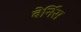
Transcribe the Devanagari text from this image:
बेर्निस